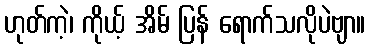
ဟုတ်ကဲ့၊ ကိုယ့် အိမ် ပြန် ရောက်သလိုပဲဗျာ။